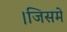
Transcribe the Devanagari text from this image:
।जिसमे